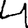
Digit: 4